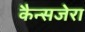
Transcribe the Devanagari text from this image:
कैन्सजेरा